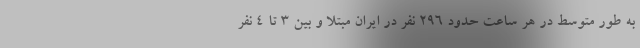
به طور متوسط در هر ساعت حدود ۲۹۶ نفر در ایران مبتلا و بین ۳ تا ۴ نفر